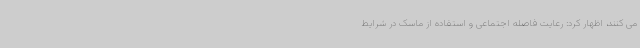
می کنند، اظهار کرد: رعایت فاصله اجتماعی و استفاده از ماسک در شرایط